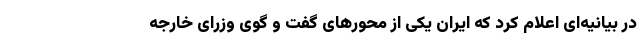
در بیانیه‌ای اعلام کرد که ایران یکی از محورهای گفت و گوی وزرای خارجه